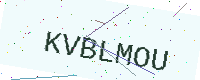
Text: KVBLMOU